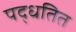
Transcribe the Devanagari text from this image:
पद्धतित